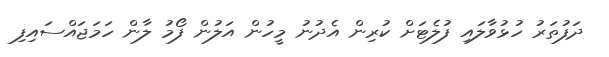
ދަފުތަރު ހުޅުވާލައި ފުލެޓަށް ކުރިން އެދުނު މީހުން އަލުން ފޯމު ލާން ހަމަޖައްސައިފި